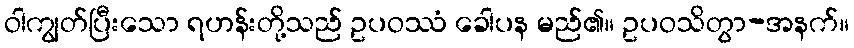
ဝါကျွတ်ပြီးသော ရဟန်းတို့သည် ဥပဝဿံ ခေါပန မည်၏။ ဥပဝသိတွာ-အနက်။